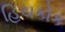
હિચકોક